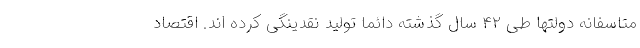
متاسفانه دولتها طی ۴۲ سال گذشته دائما تولید نقدینگی کرده اند. اقتصاد